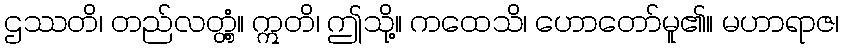
ဌဿတိ၊ တည်လတ္တံ့။ ဣတိ၊ ဤသို့။ ကထေသိ၊ ဟောတော်မူ၏။ မဟာရာဇ၊